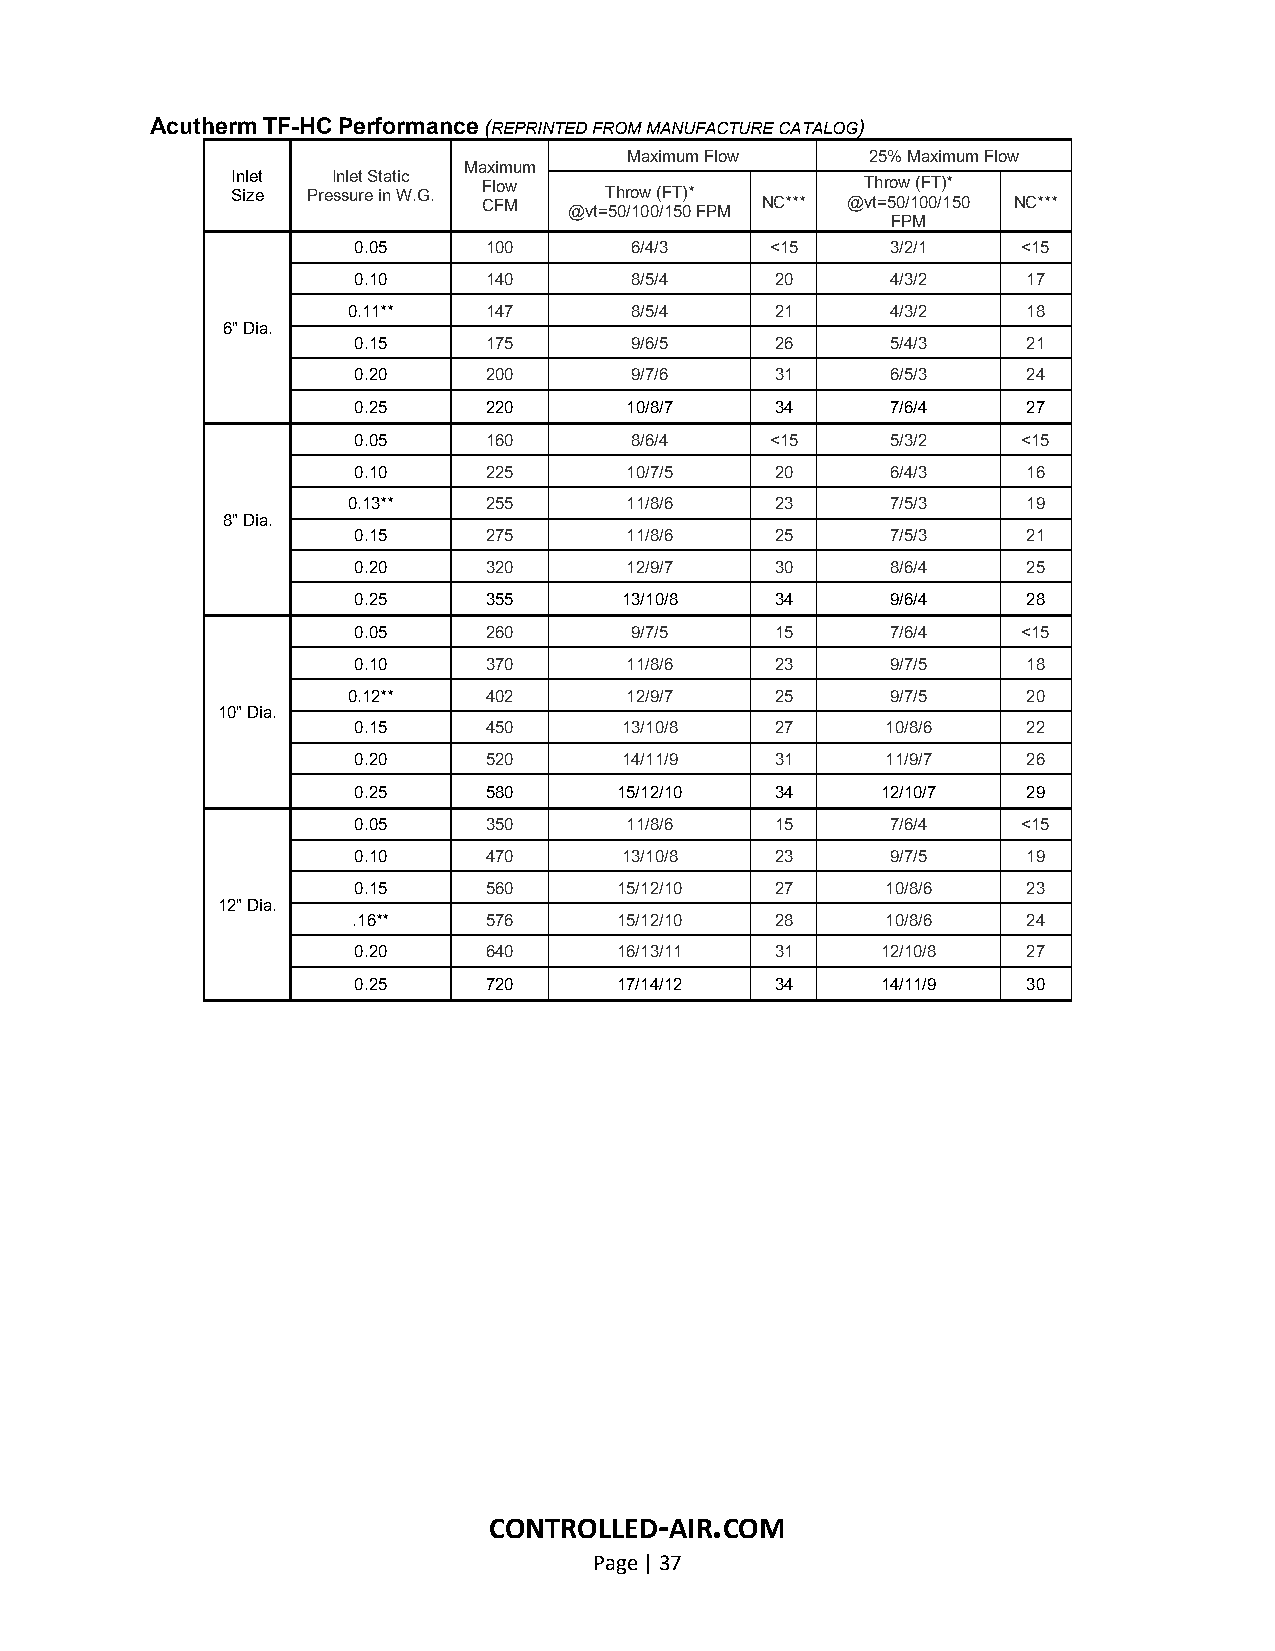
Acutherm TF-HC Performance (REPRINTED FROM MANUFACTURE CATALOG)
 Maximum Flow     25% Maximum Flow
 Maximum
 SIn il ze et PreI sn sle ut r eS it na t Wic .G. Flow Throw (FT)* Throw (FT)*
 CFM   @vt=50/100/150 FPM NC*** @vt=50/100/150 NC***
 FPM
 0.05     100       6/4/3    <15     3/2/1    <15
 0.10     140       8/5/4    20      4/3/2    17
 0.11**   147       8/5/4    21      4/3/2    18
 6" Dia.
 0.15     175       9/6/5    26      5/4/3    21
 0.20     200       9/7/6    31      6/5/3    24
 0.25     220      10/8/7    34      7/6/4    27
 0.05     160       8/6/4    <15     5/3/2    <15
 0.10     225      10/7/5    20      6/4/3    16
 0.13**   255      11/8/6    23      7/5/3    19
 8" Dia.
 0.15     275      11/8/6    25      7/5/3    21
 0.20     320      12/9/7    30      8/6/4    25
 0.25     355      13/10/8   34      9/6/4    28
 0.05     260       9/7/5    15      7/6/4    <15
 0.10     370      11/8/6    23      9/7/5    18
 0.12**   402      12/9/7    25      9/7/5    20
 10" Dia.
 0.15     450      13/10/8   27      10/8/6   22
 0.20     520      14/11/9   31      11/9/7   26
 0.25     580      15/12/10  34     12/10/7   29
 0.05     350      11/8/6    15      7/6/4    <15
 0.10     470      13/10/8   23      9/7/5    19
 0.15     560      15/12/10  27      10/8/6   23
 12" Dia.
 .16**    576      15/12/10  28      10/8/6   24
 0.20     640      16/13/11  31     12/10/8   27
 0.25     720      17/14/12  34     14/11/9   30
 CONTROLLED-AIR.COM
 Page | 37